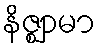
နိဇ္ဈာမာ